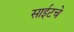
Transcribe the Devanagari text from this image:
साईटचे